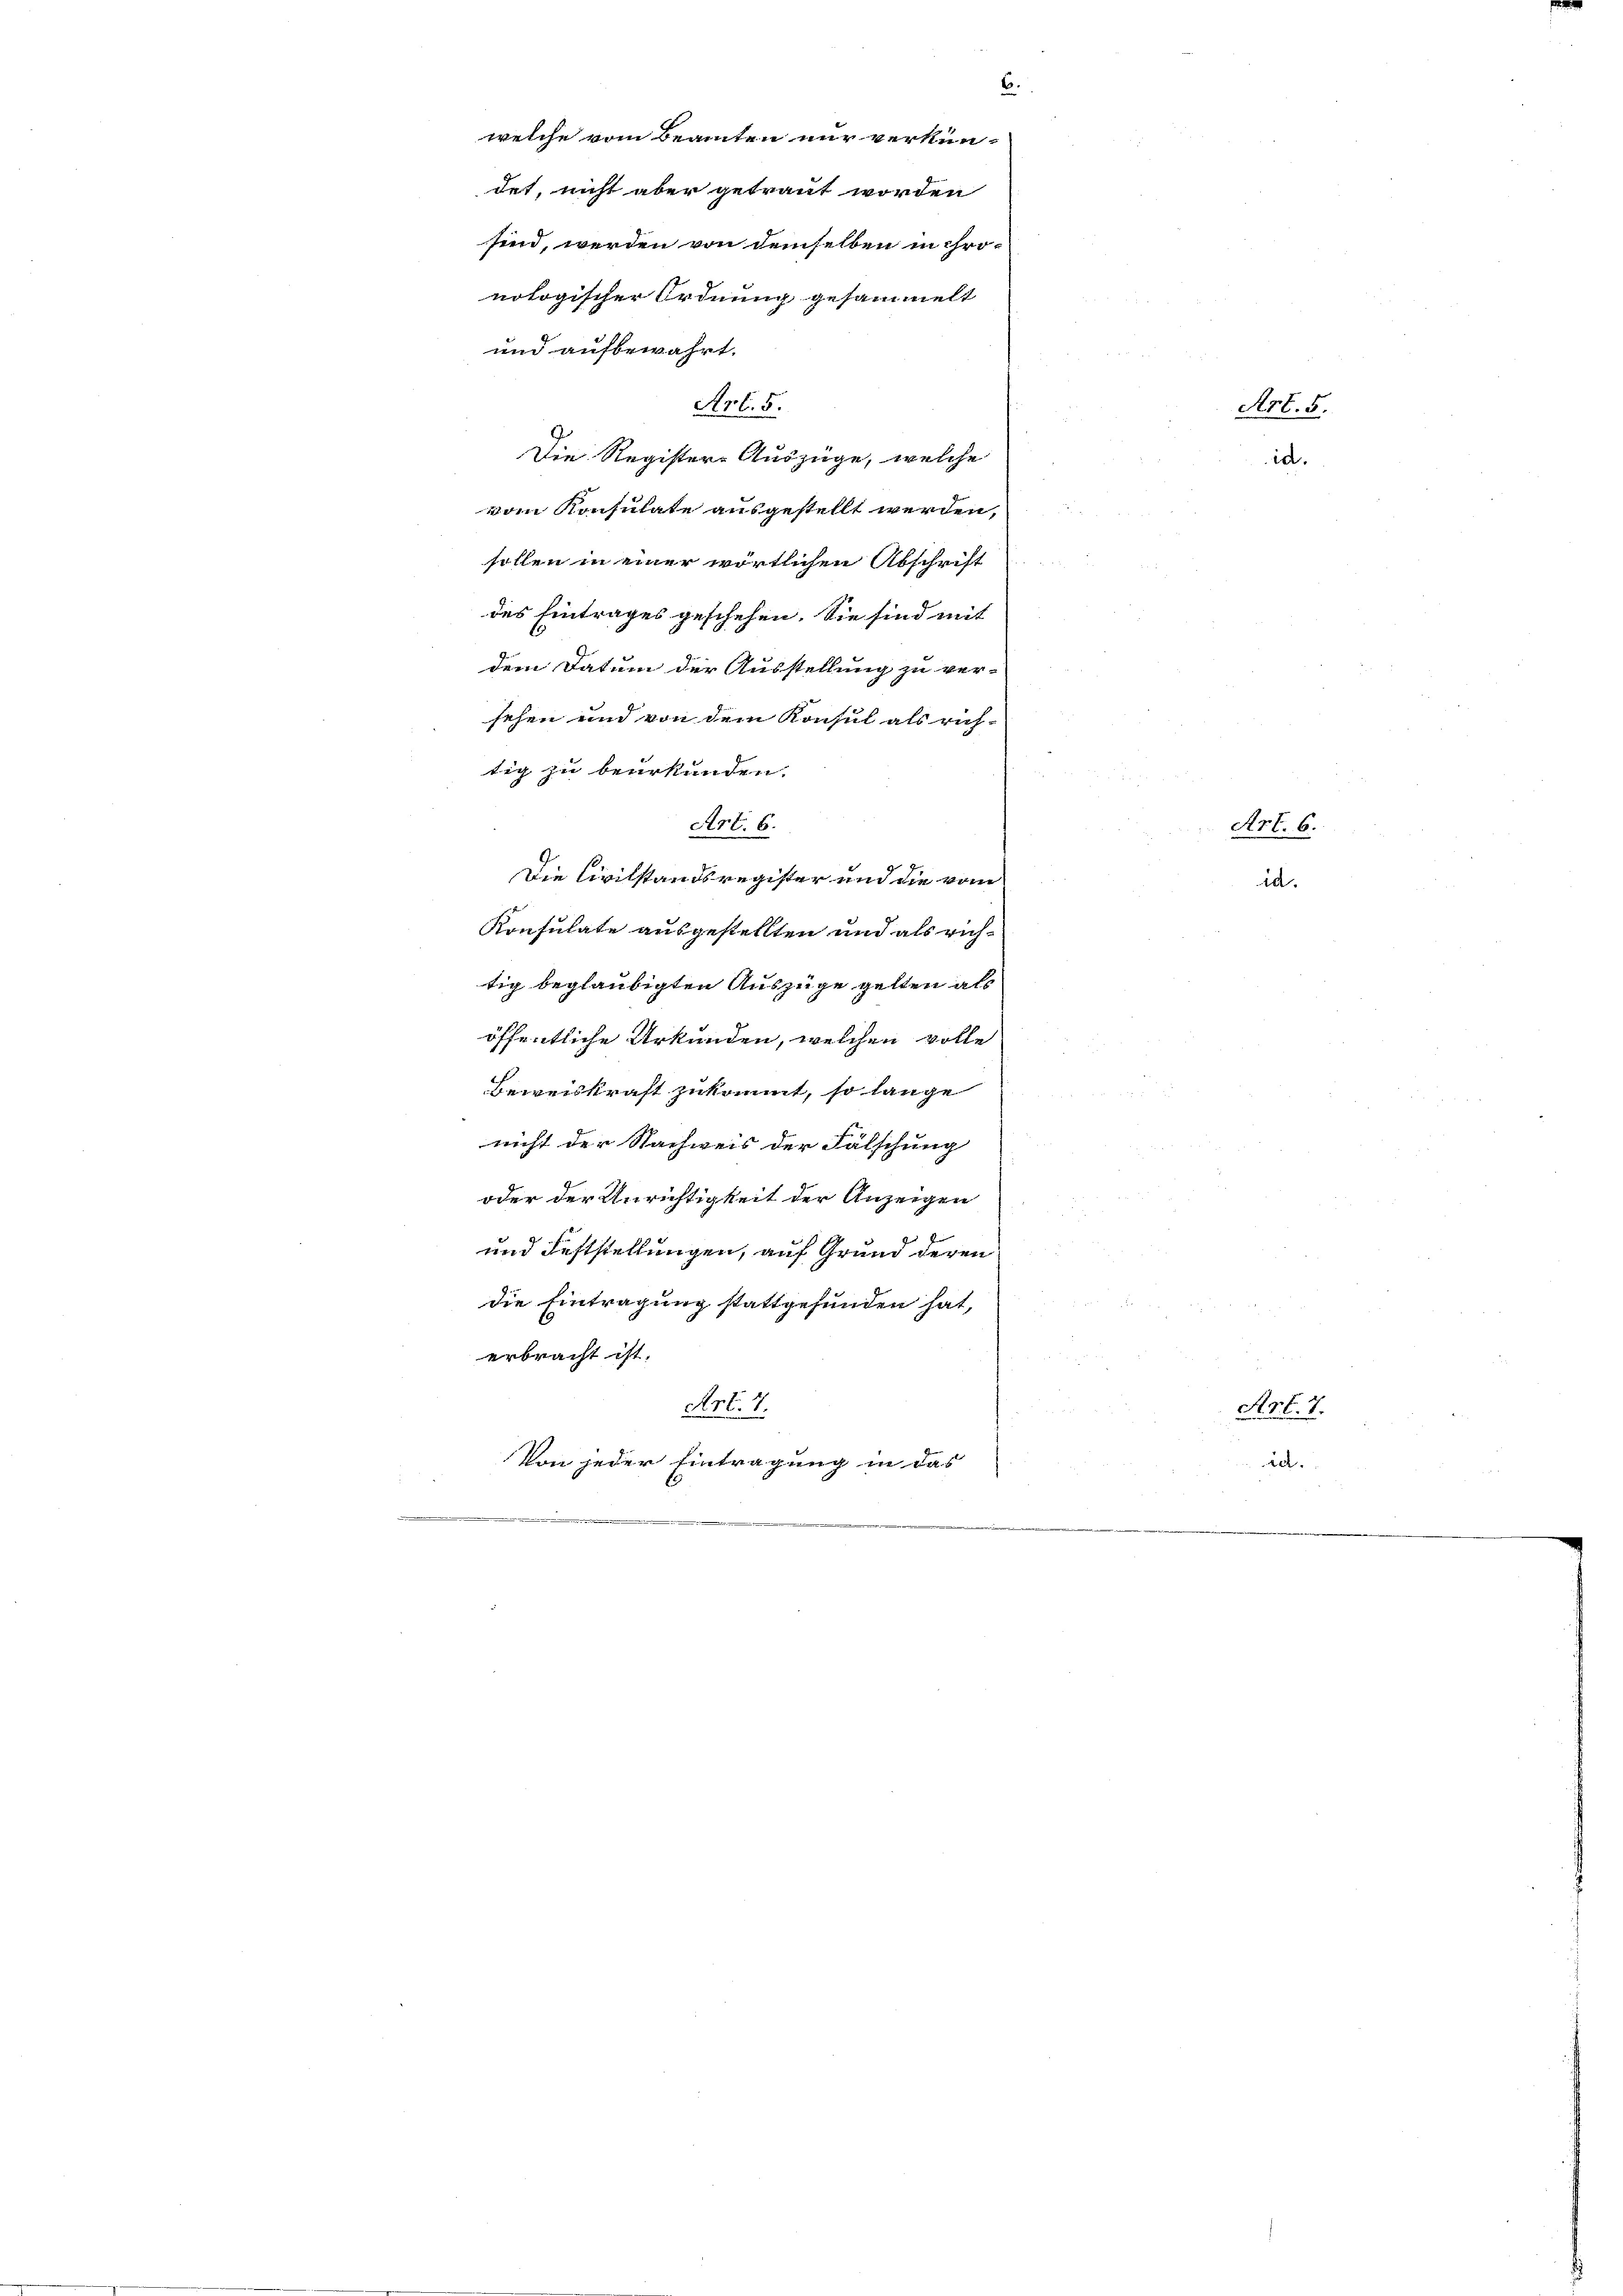
welche vom Beamten nur verkündet, nicht aber getraut worden
sind, werden von demselben in chronologischer Ordnung gesammelt
und aufbewahrt.
vom Konsulate ausgestellt werden,

Die Registere Auszüge, welche
tig beglaubigten Auszüge gelten als
öffentliche Urkunden, welchen volle
Beweiskraft zukommt, so lange
nicht der Nachweis der Fälschung
oder der Unrichtigkeit der Anzeigen
und Feststellungen, auf Grund deren
die Eintragung stattgefunden hat,
erbracht ist.
Art. 7.
Von jeder Eintragung in das
.

sollen in einer wörtlichen Abschrift
des Eintrages geschehen. Sie sind mit
dem Datum der Ausstellung zu ver¬

Art. 5

sehen und von dem Konsul als rich-
tig zu beurkunden.
Art. 6.
Die Civilstandsregister und die vom
Konsulate ausgestellten und als rich¬

6.

Art. 5
id.

Art. 6.
.

Art. 7.
2